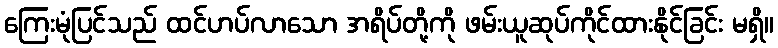
ကြေးမုံပြင်သည် ထင်ဟပ်လာသော အရိပ်တို့ကို ဖမ်းယူဆုပ်ကိုင်ထားနိုင်ခြင်း မရှိ။